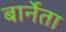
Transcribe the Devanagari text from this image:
बार्नेता